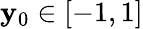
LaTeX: \mathbf{y}_{0}\in\left[-1,1\right]